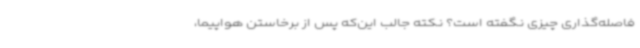
فاصله‌گذاری چیزی نگفته است؟ نکته جالب این‌که پس از برخاستن هواپیما،